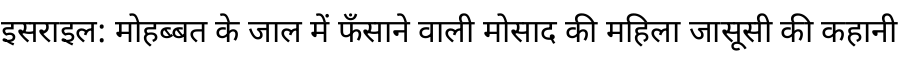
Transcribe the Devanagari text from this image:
इसराइल: मोहब्बत के जाल में फँसाने वाली मोसाद की महिला जासूसी की कहानी